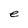
Character: e